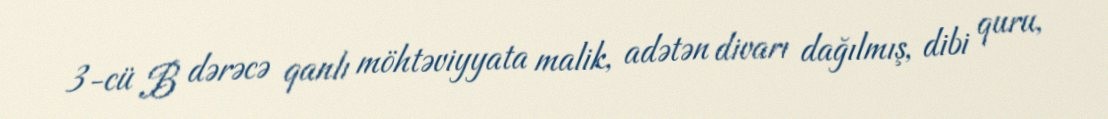
3-cü B dərəcə qanlı möhtəviyyata malik, adətən divarı dağılmış, dibi quru,